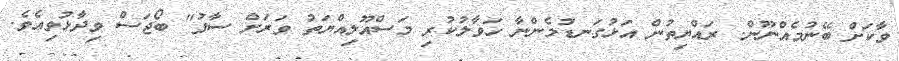
ވާކަށް ބޭނުމެއްނޫން. ރައްޔިތުން އަޅުގަނޑުމެންނާ ހަވާލުކުރި މަސްއޫލިއްޔަތު ވަރަށް ސާފު" ބޯޖަސް ވިދާޅުވިއެވެ.